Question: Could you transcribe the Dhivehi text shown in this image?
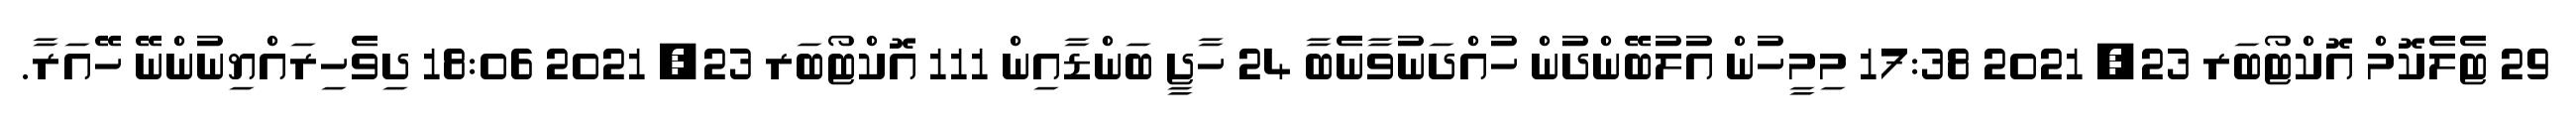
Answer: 29 ޓެލެކޮމް އޮކްޓޯބަރ 23, 2021 17:38 މިމީހުން އުލުބޭންދުން ހުއްދަނުވާނެބާ 24 ހާޖީ ބަންޑާއިން 111 އޮކްޓޯބަރ 23, 2021 18:06 ދިވެހިރައްޔިނުންނޭ ހޭއަރާ.